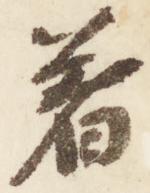
着